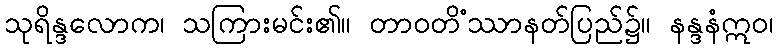
သုရိန္ဒလောက၊ သကြားမင်း၏။ တာဝတိံဿာနတ်ပြည်၌။ နန္ဒနံဣဝ၊